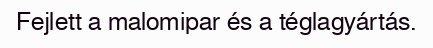
Fejlett a malomipar és a téglagyártás.